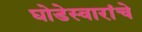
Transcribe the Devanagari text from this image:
घोडेस्वारांचे